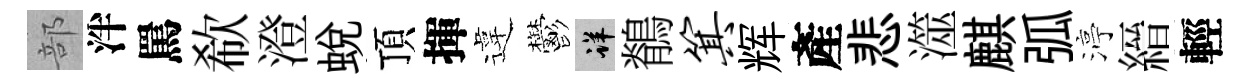
部泮罵欷澄蛻頂揮違鬱详鶺箕辉產悲澨麒弧渟縉輕